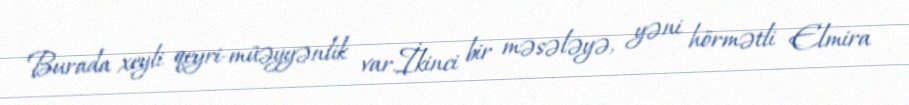
Burada xeyli qeyri-müəyyənlik var.İkinci bir məsələyə, yəni hörmətli Elmira